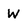
Character: W